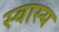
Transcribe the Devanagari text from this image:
स्वास्य